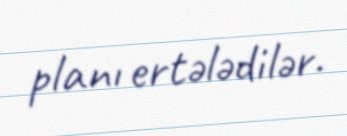
planı ertələdilər.